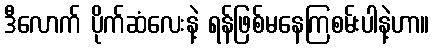
ဒီလောက် ပိုက်ဆံလေးနဲ့ ရန်ဖြစ်မနေကြစမ်းပါနဲ့ဟာ။